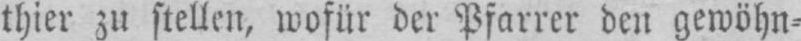
thier zu stellen, wofür der Pfarrer den gewöhn⸗